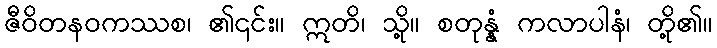
ဇီဝိတနဝကဿစ၊ ၏၎င်း။ ဣတိ၊ သို့။ စတုန္နံ ကလာပါနံ၊ တို့၏။